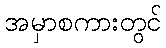
အမှာစကားတွင်